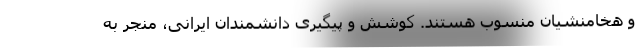
و هخامنشیان منسوب هستند. کوشش و پیگیری دانشمندان ایرانی، منجر به